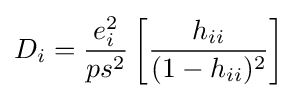
D_{i}={\frac {e_{i}^{2}}{ps^{2}}}\left[{\frac {h_{ii}}{(1-h_{ii})^{2}}}\right]